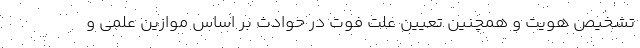
تشخیص هویت و همچنین تعیین علت فوت در حوادث بر اساس موازین علمی و